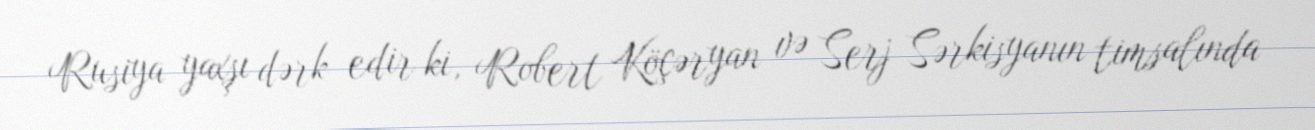
Rusiya yaxşı dərk edir ki, Robert Köçəryan və Serj Sərkisyanın timsalında